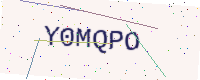
Text: Y0MQPO